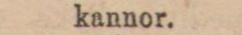
kannor.